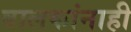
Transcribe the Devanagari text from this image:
बालकांनाही